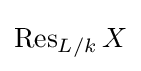
\operatorname {Res} _{L/k}X